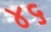
૪૬